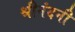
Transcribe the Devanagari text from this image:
श्रीनंदनी